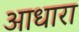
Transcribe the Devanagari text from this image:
आधारा